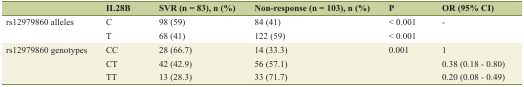
<table><thead><tr><td></td><td><b>IL28B</b></td><td><b>SVR (n = 83), n (%)</b></td><td><b>Non-response (n = 103), n (%)</b></td><td><b>P</b></td><td><b>OR (95% CI)</b></td></tr></thead><tbody><tr><td rowspan="2">rs12979860 alleles</td><td>C</td><td>98 (59)</td><td>84 (41)</td><td>&lt; 0.001</td><td>-</td></tr><tr><td>T</td><td>68 (41)</td><td>122 (59)</td><td>&lt; 0.001</td><td></td></tr><tr><td rowspan="3">rs12979860 genotypes</td><td>CC</td><td>28 (66.7)</td><td>14 (33.3)</td><td>0.001</td><td>1</td></tr><tr><td>CT</td><td>42 (42.9)</td><td>56 (57.1)</td><td></td><td>0.38 (0.18 - 0.80)</td></tr><tr><td>TT</td><td>13 (28.3)</td><td>33 (71.7)</td><td></td><td>0.20 (0.08 - 0.49)</td></tr></tbody></table>